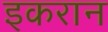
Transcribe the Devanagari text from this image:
इकरान